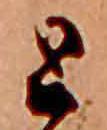
と